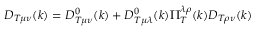
D _ { T \mu \nu } ( k ) = D _ { T \mu \nu } ^ { 0 } ( k ) + D _ { T \mu \lambda } ^ { 0 } ( k ) \Pi _ { T } ^ { \lambda \rho } ( k ) D _ { T \rho \nu } ( k )